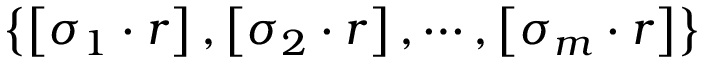
\left\{ \left[ \sigma _ { 1 } \cdot r \right] , \left[ \sigma _ { 2 } \cdot r \right] , \cdots , \left[ \sigma _ { m } \cdot r \right] \right\}